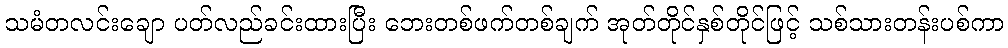
သမံတလင်းချော ပတ်လည်ခင်းထားပြီး ဘေးတစ်ဖက်တစ်ချက် အုတ်တိုင်နှစ်တိုင်ဖြင့် သစ်သားတန်းပစ်ကာ